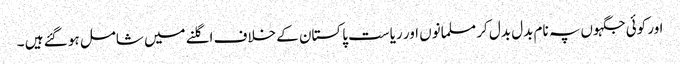
اور کوئی جگہوں پہ نام بدل بدل کر مسلمانوں اور ریاست پاکستان کے خلاف اگلنے میں شامل ہو گئے ہیں ۔